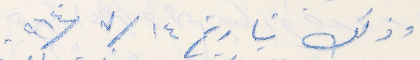
وذلك بتاريخ ١٤ / ٧/ ٩٦٤.